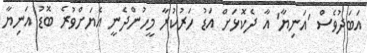
އަބަދުވެސް 'އަނިޔާ' އާ ދެކޮޅަށް އަޑު ހަރުކުރާ މީހުންދެނީ އެޔަށްވުރެ ބޮޑު އަނިޔާ